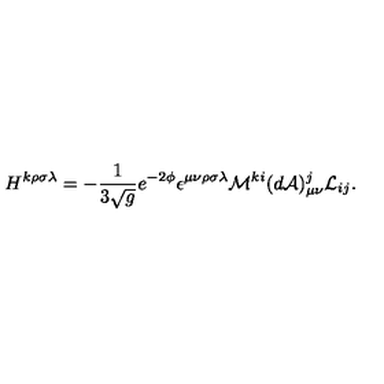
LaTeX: H ^ { k \rho \sigma \lambda } = - { \frac { 1 } { 3 \sqrt g } } e ^ { - 2 \phi } \epsilon ^ { \mu \nu \rho \sigma \lambda } { \cal M } ^ { k i } ( d { \cal A } ) _ { \mu \nu } ^ { j } { \cal L } _ { i j } .